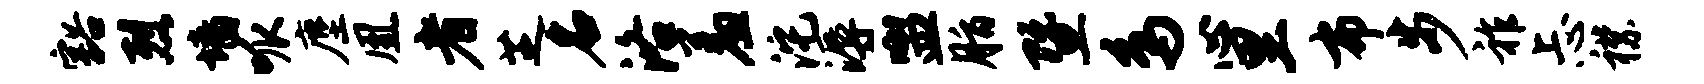
豁烈墙呱麈凰者芝名洛羞沱溽盥脂暨鸟心里布步祚忐襟